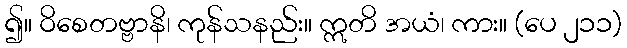
၍။ ဝိစေတဗ္ဗာနိ၊ ကုန်သနည်း။ ဣတိ အယံ၊ ကား။ (ပေ ၂၁၁)